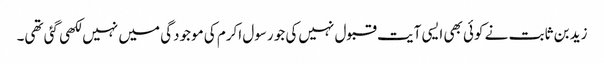
زید بن ثابت نے کوئی بھی ایسی آیت قبول نہیں‌کی جو رسول اکرم کی موجودگی میں‌ نہیں لکھی گئی تھی۔